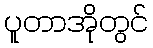
ပူတာအိုတွင်